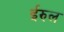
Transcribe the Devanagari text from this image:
ईरुल